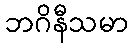
ဘဂိနီသမာ